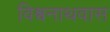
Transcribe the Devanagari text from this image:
विश्वनाथवास